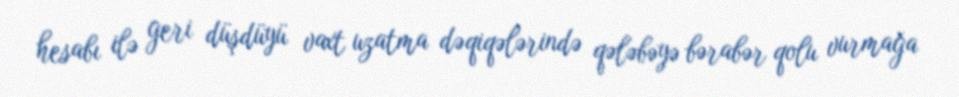
hesabı ilə geri düşdüyü vaxt uzatma dəqiqələrində qələbəyə bərabər qolu vurmağa